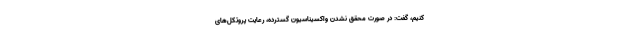
کنیم، گفت: در صورت محقق نشدن واکسیناسیون گسترده، رعایت پروتکل‌های